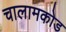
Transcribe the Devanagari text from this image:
चालामकोड